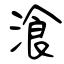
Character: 湌